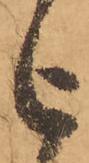
被